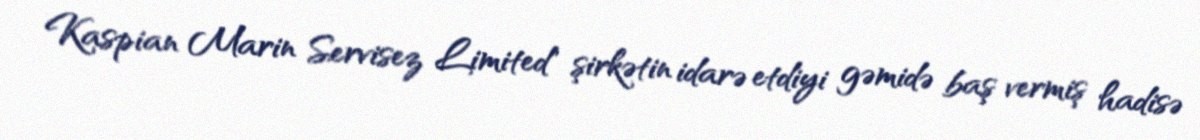
Kaspian Marin Servisez Limited" şirkətin idarə etdiyi gəmidə baş vermiş hadisə